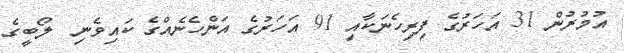
އުމުރުން 31 އަހަރުގެ ފިރިހެނަކާއި 91 އަހަރުގެ އަންހެނެއްގެ ކައިވެނި  ލޯބީގެ